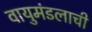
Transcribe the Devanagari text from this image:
वायुमंडलाची